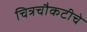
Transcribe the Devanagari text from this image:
चित्रचौकटीचे